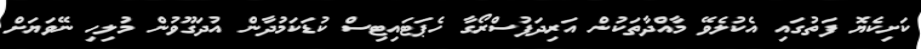
ކަށިކެޔޮ ފަތުގައި އެކުލެވޭ މާއްދާތަކުން އަރިދަފުސްރޯގާ ހެޕަޓައިޓިސް ކުޑަކަމުދާން އުދަގޫވުން މުލިހި ނޭވަޔަށް